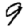
Digit: 9